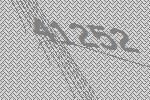
41252